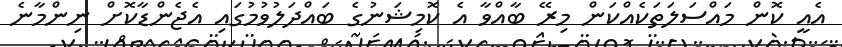
އެއީ ކޮން މައްސަލަތަކެއްކަން މިރޭ ބާއްވާ އެ ކޮމިޝަނުގެ ބައްދަލުވުމުގައި އެޖެންޑާކޮށް ނިންމާނެ